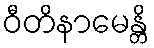
ဝီတိနာမေန္တိ